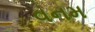
વનમ